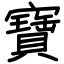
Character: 寶